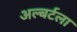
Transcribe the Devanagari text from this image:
अल्बर्टला